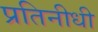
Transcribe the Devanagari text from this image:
प्रतिनीधी